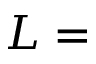
L =